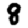
Digit: 8